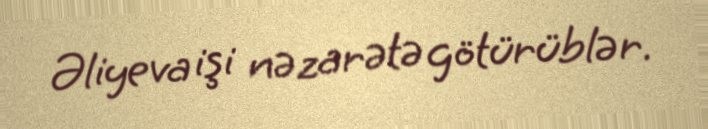
Əliyeva işi nəzarətə götürüblər.